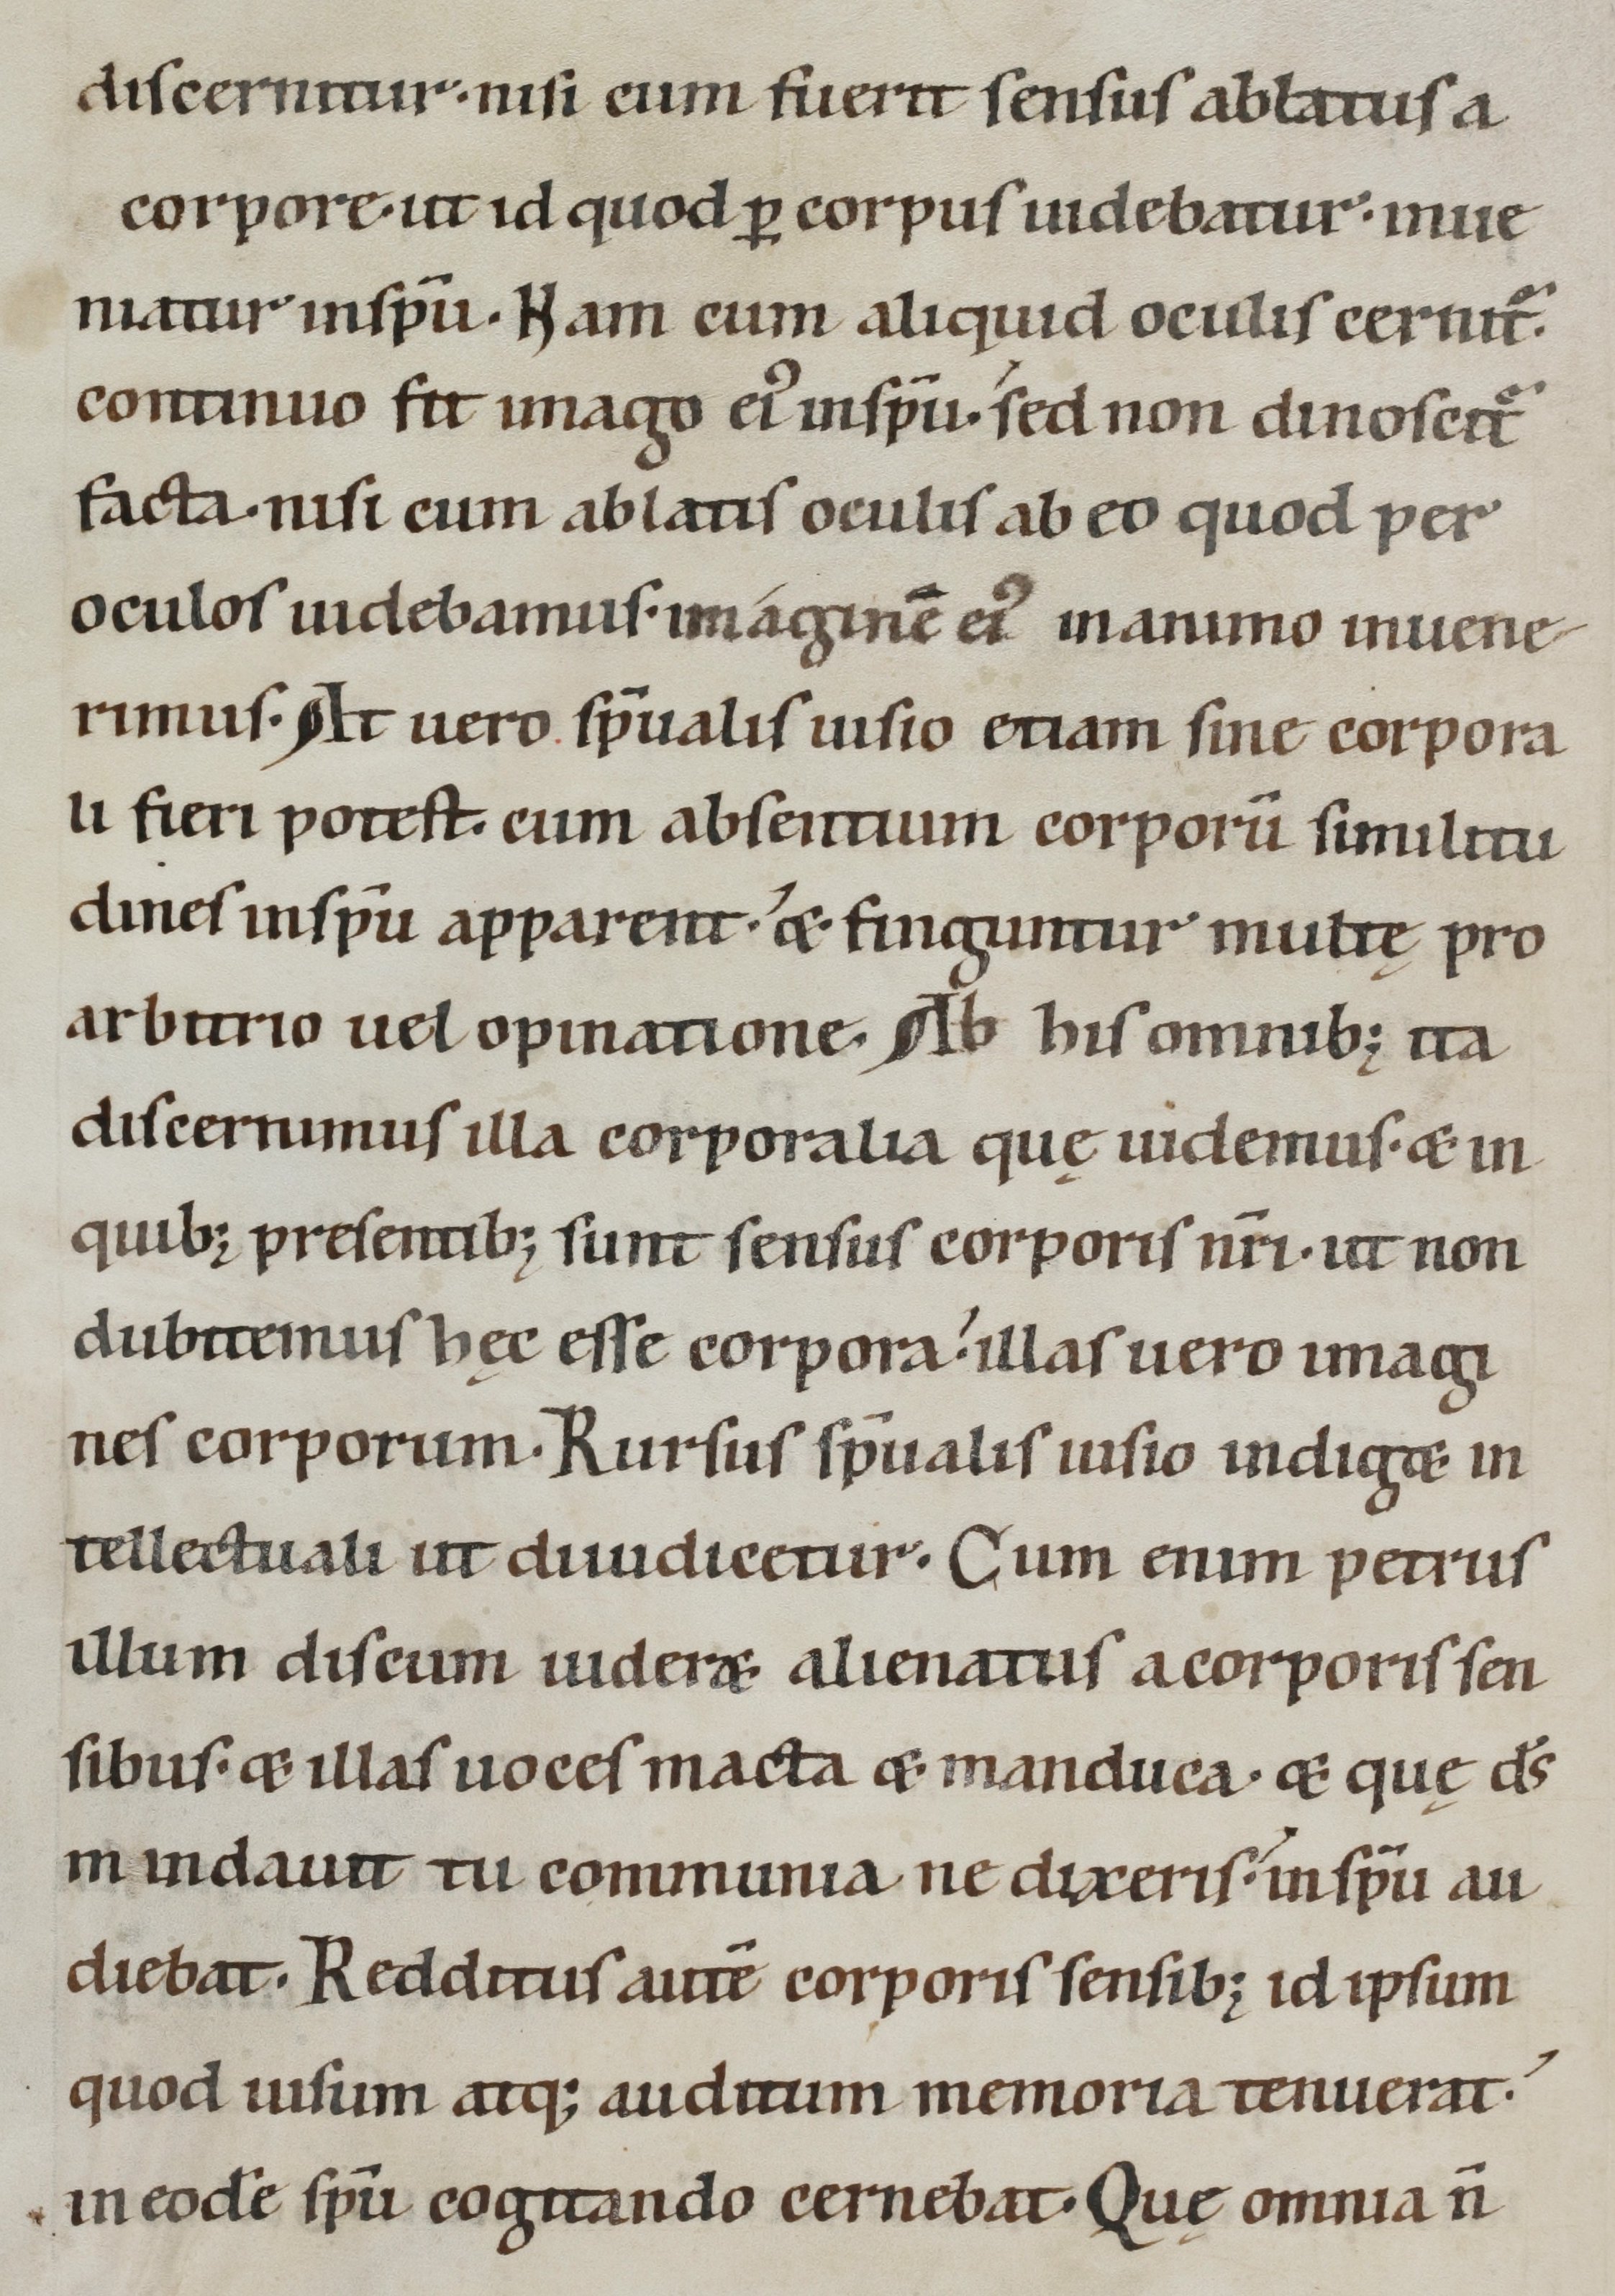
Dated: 1100–1199